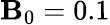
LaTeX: \mathbf{B}_{0}=0.1